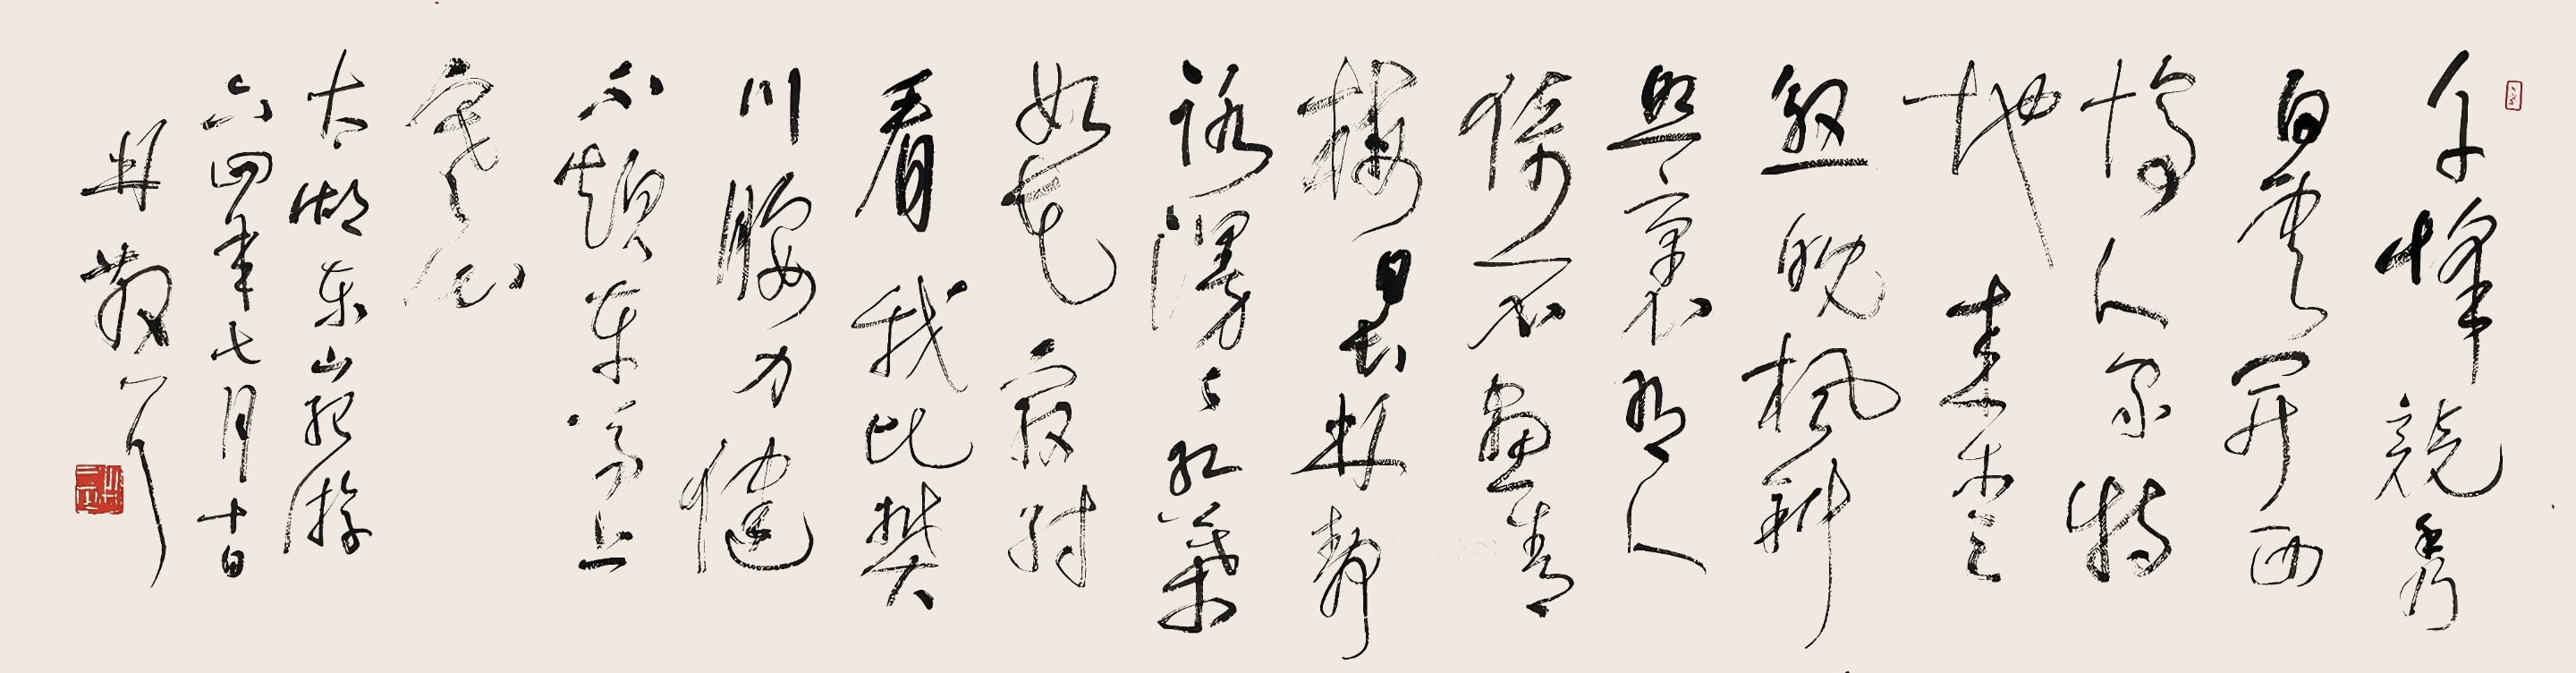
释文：千峰竞秀白云开，西坞人家特地来。爱煞晚枫斜照里，有人倚石画青梅。日长林静路漫漫，红叶如花最耐看。我比樊川腰力健，不烦车马上寒山。太湖东山纪游，六四年七月十日，林散耳。